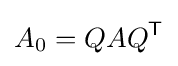
A_{0}=QAQ^{\mathsf {T}}